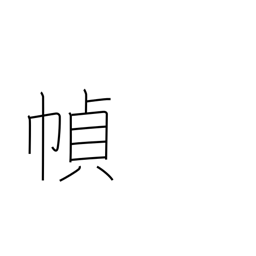
Meaning: making books or scrolls